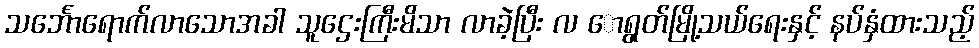
သင်္ဘောရောက်လာသောအခါ သူဌေးကြီးမိသာ လာခဲ့ပြီး လ ောရွတ်မြို့သယ်ရေးနှင့် နပ်နှံထားသည့်